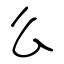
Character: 么